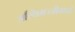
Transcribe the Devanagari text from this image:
अस्थिमज्जीमध्ये